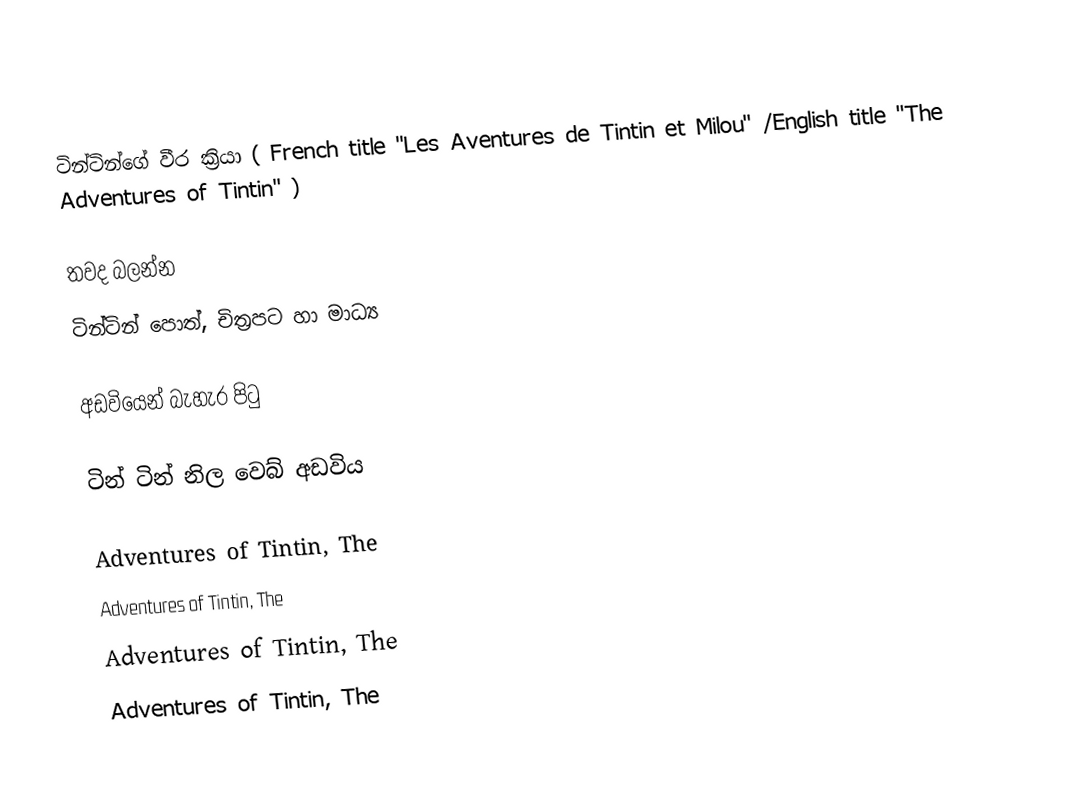
ටින්ටින්ගේ වීර ක්‍රියා ( French title "Les Aventures de Tintin et Milou" /English title "The Adventures of Tintin" )

තවද බලන්න
 ටින්ටින් පොත්, චිත්‍රපට හා මාධ්‍ය

අඩවියෙන් බැහැර පිටු

  ටින් ටින් නිල වෙබ් අඩවිය

Adventures of Tintin, The
Adventures of Tintin, The
Adventures of Tintin, The
Adventures of Tintin, The